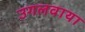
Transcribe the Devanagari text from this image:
उगलवाया